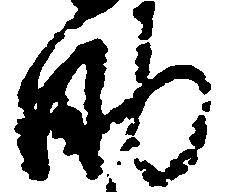
助